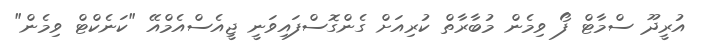
އުރީދޫ ސްމާޓް ފޯ ވިމެން މުބާރާތް ކުރިއަށް ގެންގޮސްފައިވަނީ ޖީއެސްއެމްއޭ "ކަނެކްޓް ވިމެން"